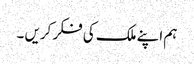
ہم اپنے ملک کی فکر کریں ۔